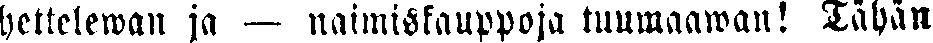
hettelewan ja — naimiskauppoja tuumaawan! Tähän